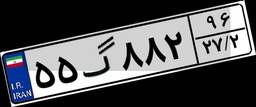
۵۵گ۸۸۲۹۶